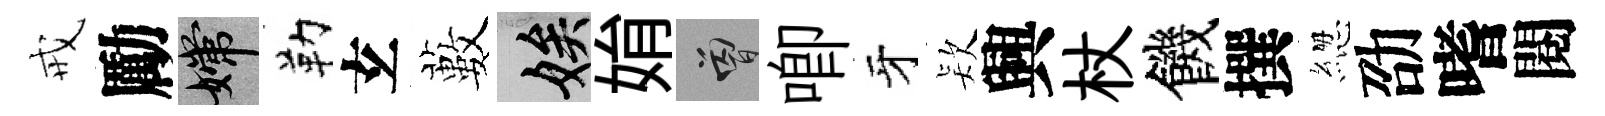
戒勵嫦勒𤣥藪娭姢曾唧牙𣣇興杖饑撰緫劭嗜閱